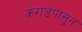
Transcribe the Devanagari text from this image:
कराडपासून